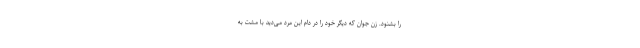
را بشنود. زن جوان که دیگر خود را در دام این مرد می‌دید با مشت به